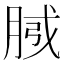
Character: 𭨴